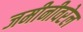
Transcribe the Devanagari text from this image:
जमीनीवरेल